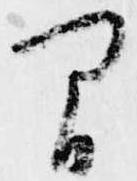
間